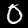
Label: 0